Civil Veterinary Dept. North-West Frontier Province 1923-32 - 1923-1932
Year: 1923
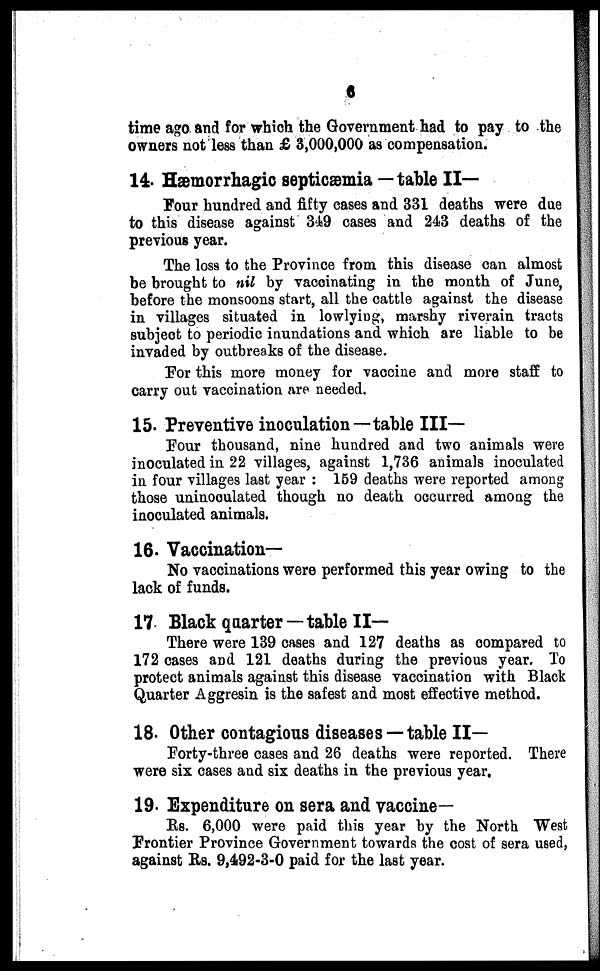
6
time ago and for which the Government had to pay to the
owners not less than £ 3,000,000 as compensation.
14. Hæmorrhagic septicæmia — table II—
Four hundred and fifty cases and 331 deaths were due
to this disease against 349 cases and 243 deaths of the
previous year.
The loss to the Province from this disease can almost
be brought to nil by vaccinating in the month of June,
before the monsoons start, all the cattle against the disease
in villages situated in lowlying, marshy riverain tracts
subject to periodic inundations and which are liable to be
invaded by outbreaks of the disease.
For this more money for vaccine and more staff to
carry out vaccination are needed.
15. Preventive inoculation—table III—
Four thousand, nine hundred and two animals were
inoculated in 22 villages, against 1,736 animals inoculated
in four villages last year: 159 deaths were reported among
those uninoculated though no death occurred among the
inoculated animals.
16. Vaccination-
No vaccinations were performed this year owing to the
lack of funds.
17 Black quarter — table II—
There were 139 cases and 127 deaths as compared to
172 cases and 121 deaths during the previous year. To
protect animals against this disease vaccination with Black
Quarter Aggresin is the safest and most effective method.
18. Other contagious diseases —table II—
Forty-three cases and 26 deaths were reported. There
were six cases and six deaths in the previous year,
19. Expenditure on sera and vaccine—
Rs. 6,000 were paid this year by the North West
Frontier Province Government towards the cost of sera used,
against Rs. 9,492-3-0 paid for the last year.